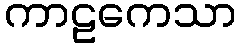
ကာဠကေသာ